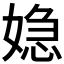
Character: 𮱏